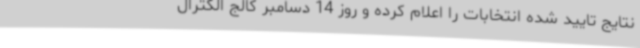
نتایج تایید شده انتخابات را اعلام کرده و روز 14 دسامبر کالج الکترال